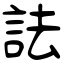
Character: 詓